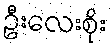
ဦးလေးစိုး